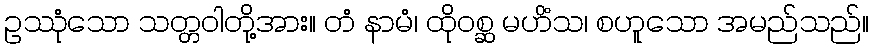
ဥဿုံသော သတ္တဝါတို့အား။ တံ နာမံ၊ ထိုဝစ္ဆ မဟိံသ၊ စဟူသော အမည်သည်။